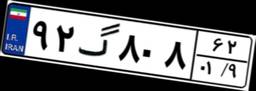
۹۲گ۸۰۸۶۲